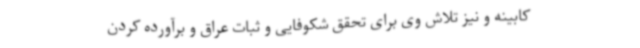
کابینه و نیز تلاش وی برای تحقق شکوفایی و ثبات عراق و برآورده کردن